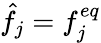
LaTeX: \hat{f}_{j}=f_{j}^{eq}